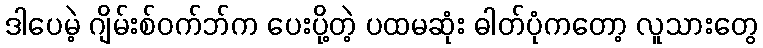
ဒါပေမဲ့ ဂျိမ်းစ်ဝက်ဘ်က ပေးပို့တဲ့ ပထမဆုံး ဓါတ်ပုံကတော့ လူသားတွေ